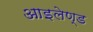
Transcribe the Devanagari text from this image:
आइलेण्ड